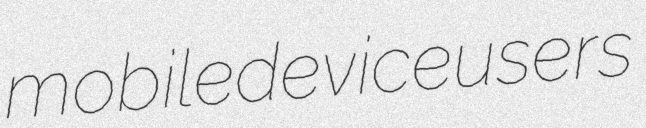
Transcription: mobile device users